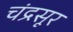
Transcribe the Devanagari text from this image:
चंद्रसूर